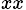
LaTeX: _{xx}